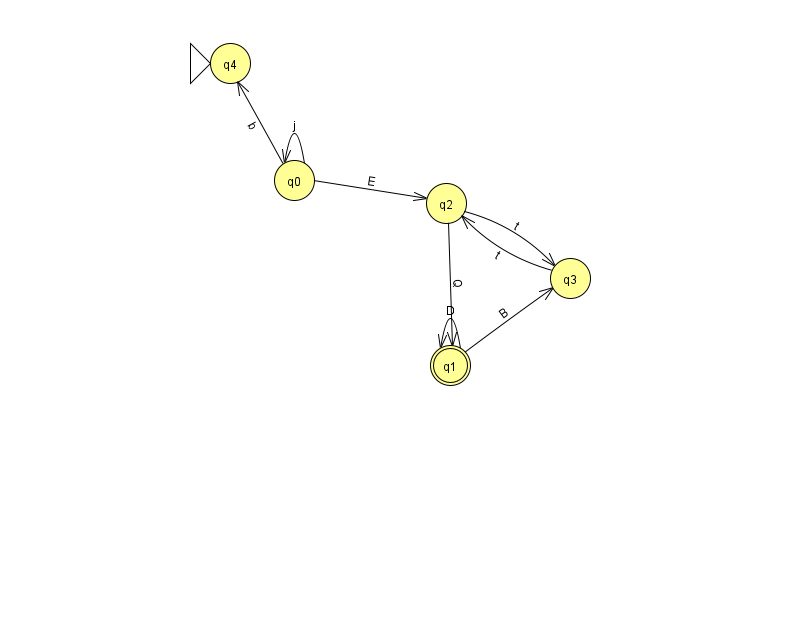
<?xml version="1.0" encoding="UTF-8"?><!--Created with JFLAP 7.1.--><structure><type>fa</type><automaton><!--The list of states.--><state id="0" name="q0"><x>294.0</x><y>167.0</y></state><state id="1" name="q1"><x>450.0</x><y>352.0</y><final/></state><state id="2" name="q2"><x>446.0</x><y>190.0</y></state><state id="3" name="q3"><x>570.0</x><y>265.0</y></state><state id="4" name="q4"><x>230.0</x><y>50.0</y><initial/></state><!--The list of transitions.--><transition><from>1</from><to>1</to><read>D</read></transition><transition><from>2</from><to>1</to><read>Q</read></transition><transition><from>0</from><to>2</to><read>E</read></transition><transition><from>0</from><to>0</to><read>j</read></transition><transition><from>1</from><to>3</to><read>B</read></transition><transition><from>2</from><to>3</to><read>t</read></transition><transition><from>3</from><to>2</to><read>t</read></transition><transition><from>0</from><to>4</to><read>b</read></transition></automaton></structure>